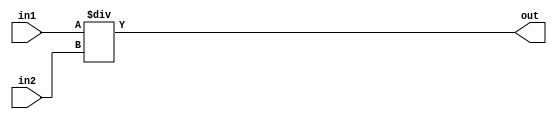
`timescale 1ns/1ps
module divider (
	in1,
  	in2,
  	out
);
	//--------------------------------------------------------------------------------------
	parameter dataLen = 32;
	parameter fractionLen = 15;
	//--------------------------------------------------------------------------------------

	//--------------------------------------------------------------------------------------
	input [dataLen - 1 : 0 ]  in1;
	input [dataLen - 1 : 0 ]  in2;
	output [dataLen - 1 : 0 ] out;
	//--------------------------------------------------------------------------------------

	assign out = in1 / in2;

endmodule